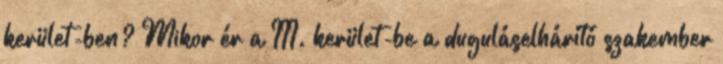
kerület-ben? Mikor ér a III. kerület-be a duguláselhárító szakember